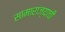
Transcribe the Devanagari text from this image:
सामाराज्याची